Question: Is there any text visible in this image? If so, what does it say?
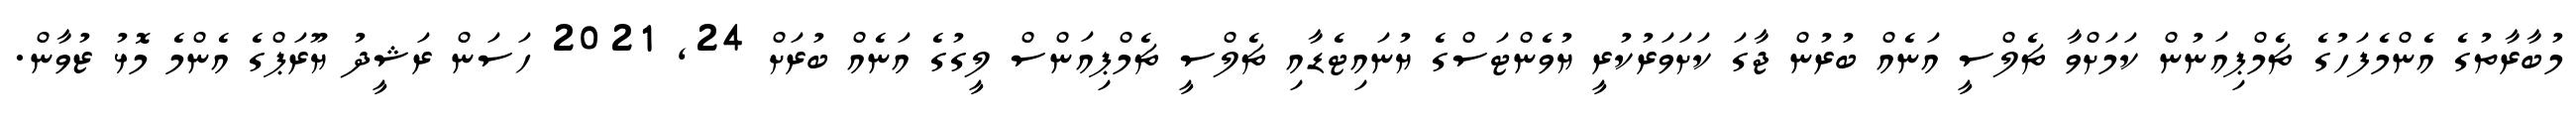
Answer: މުބާރާތުގެ އެންމެފަހުގެ ޗެމްޕިއަނުން ކަމަށްވާ ޗެލްސީ އަނެއް ބުރުން ޖާގަ ކަށަވަރުކުރީ ޔުވެންޓަސްގެ ޔުނައިޓެޑާއި ޗެލްސީ ޗެމްޕިއަންސް ލީގުގެ އަނެއް ބުރަށް 24, 2021 ހަސަން ރަޝީދު ޔޫރަޕްގެ އެންމެ މޮޅު ޒުވާން.